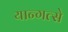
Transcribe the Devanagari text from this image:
यान्गत्से